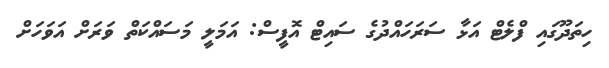
ހިތަދޫގައި ފްލެޓް އަޅާ ސަރަހައްދުގެ ސައިޓް އޮފީސް: އަމަލީ މަސައްކަތް ވަރަށް އަވަހަށް